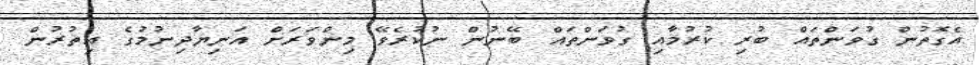
އެގޮތުން ގުވަންތައް ބުރި ކުރުމާއި ގުވަންތައް ބޭނުން ނުކުރެވޭ މިންވަރަށް އަނިޔާދިނުމުގެ އިތުރުން